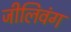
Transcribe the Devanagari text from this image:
जीलिवंग